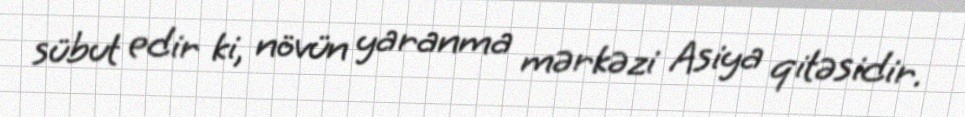
sübut edir ki, növün yaranma mərkəzi Asiya qitəsidir.